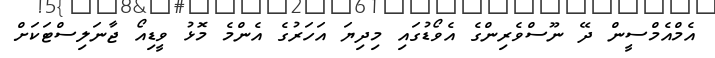
އެމްއެމްސީން ދޭ ނޫސްވެރިންގެ އެވޯޑުގައި މިދިޔަ އަހަރުގެ އެންމެ މޮޅު ވީޑިއޯ ޖާނަލިސްޓަކަށް